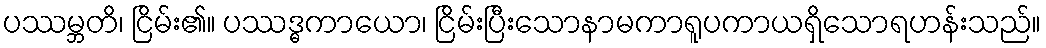
ပဿမ္ဘတိ၊ ငြိမ်း၏။ ပဿဒ္ဓကာယော၊ ငြိမ်းပြီးသောနာမကာရူပကာယရှိသောရဟန်းသည်။